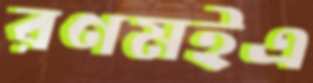
রণমইএ